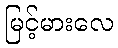
မြင့်မားလေ